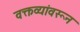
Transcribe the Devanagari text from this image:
वक्तव्यांवरून